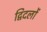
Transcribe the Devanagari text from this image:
द्विदलों